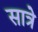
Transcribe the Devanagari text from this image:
सात्रे